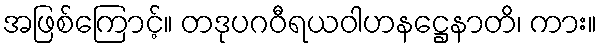
အဖြစ်ကြောင့်။ တဒုပဂဝီရယဝါဟနဋ္ဌေနာတိ၊ ကား။